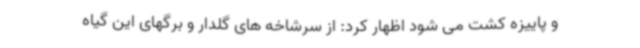
و پاییزه کشت می شود اظهار کرد: از سرشاخه های گلدار و برگهای این گیاه